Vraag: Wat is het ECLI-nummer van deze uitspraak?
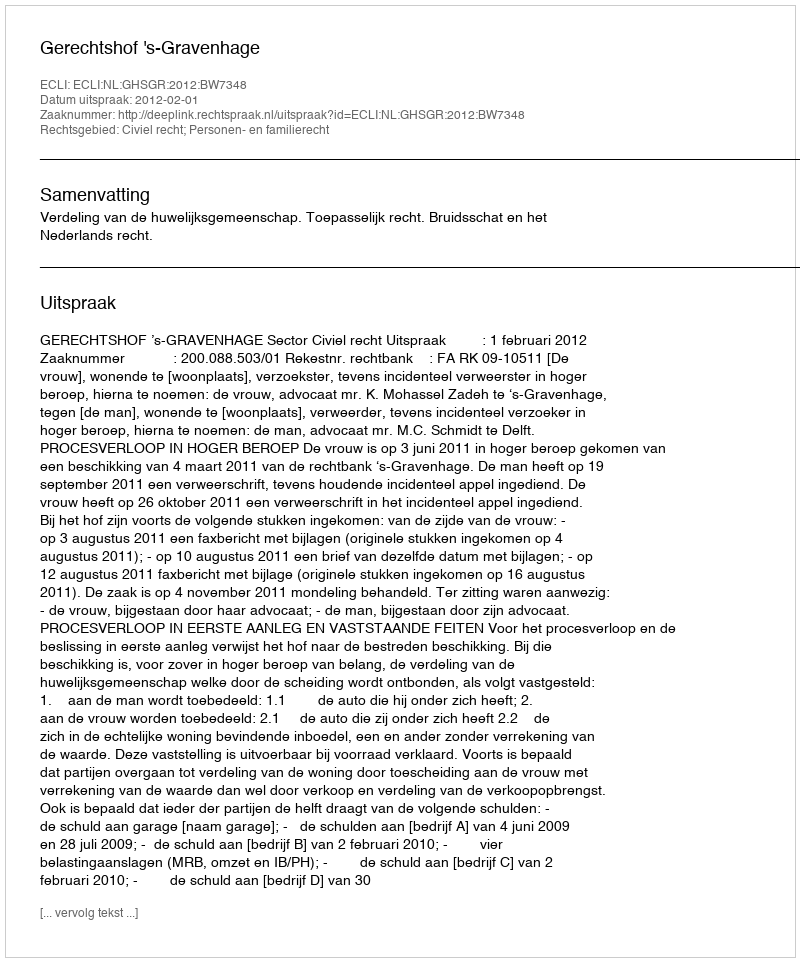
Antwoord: ECLI:NL:GHSGR:2012:BW7348